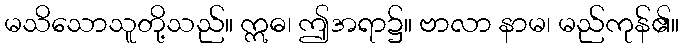
မသိသောသူတို့သည်။ ဣဓ၊ ဤအရာ၌။ ဗာလာ နာမ၊ မည်ကုန်၏။